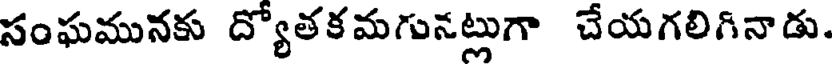
సంఘమునకు ద్యోతకమగునట్లుగా చేయగలిగినాడు.